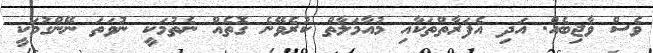
ވެސް ވާޖިބެއް. އަދި އެފަރާތްތަކާއި މުއާމަލާތް ކުރެވޭނެ ގޮތެއް ނެތުމަކީ ނުވަތަ ނޭންގުމަކީ